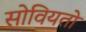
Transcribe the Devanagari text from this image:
सोवियतो